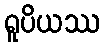
ရူပိယဿ